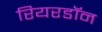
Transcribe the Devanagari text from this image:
रियरडॉन